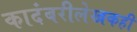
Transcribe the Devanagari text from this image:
कादंबरीलेखकही